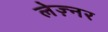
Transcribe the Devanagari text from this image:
लेज़्नर